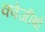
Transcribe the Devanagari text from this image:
क्वेजीबो